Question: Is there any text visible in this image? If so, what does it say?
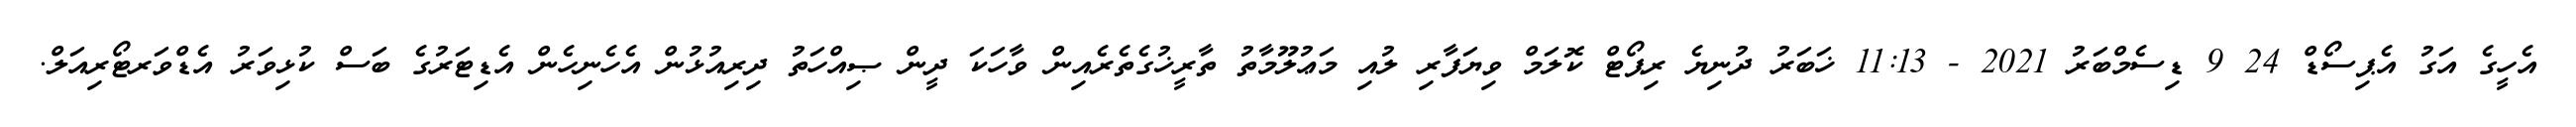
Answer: އެހީގެ އަގު އެޕިސޯޑް 24 9 ޑިސެމްބަރު 2021 - 11:13 ޚަބަރު ދުނިޔެ ރިޕޯޓް ކޮލަމް ވިޔަފާރި ލުއި މަޢުލޫމާތު ތާރީޚުގެތެރެއިން ވާހަކަ ދީން ޞިއްހަތު ދިރިއުޅުން އެހެނިހެން އެޑިޓަރުގެ ބަސް ކުޅިވަރު އެޑްވަރޓޯރިއަލް.